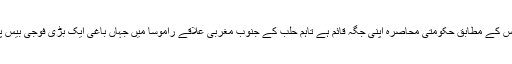
دوسری جانب برطانیہ میں قائم سیرین آبزرویٹری فار ہیومن رائٹس کے مطابق حکومتی محاصرہ اپنی جگہ قائم ہے تاہم حلب کے جنوب مغربی علاقے راموسا میں جہاں باغی ایک بڑی فوجی بیس پر قبضے کے لیے بر سر پیکار ہیں، لڑائی شدت سے جاری ہے۔